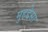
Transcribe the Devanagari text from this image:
मुहद्देसा